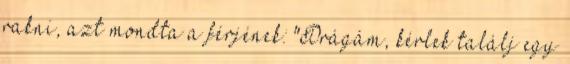
rakni, azt mondta a férjének: "Drágám, kérlek találj egy